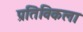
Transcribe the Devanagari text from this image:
प्रतिविकला